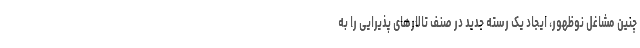
چنین مشاغل نوظهور، ایجاد یک رسته جدید در صنف تالارهای پذیرایی را به